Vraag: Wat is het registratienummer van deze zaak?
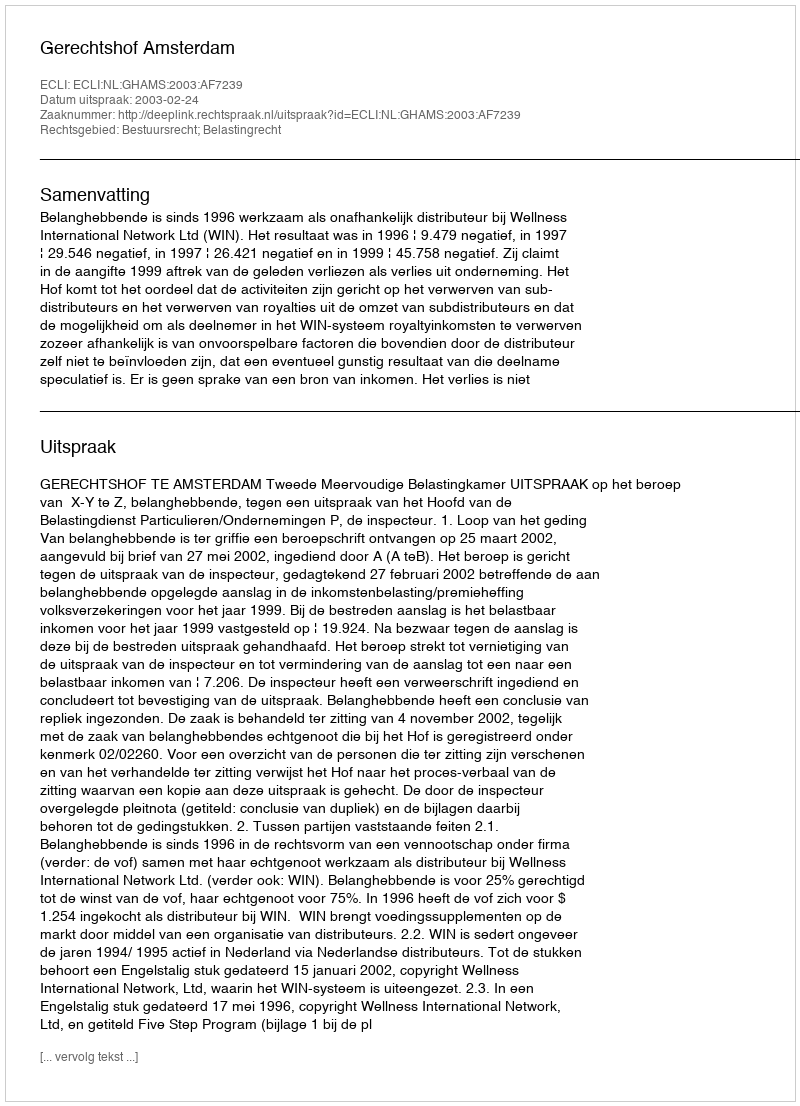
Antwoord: http://deeplink.rechtspraak.nl/uitspraak?id=ECLI:NL:GHAMS:2003:AF7239